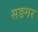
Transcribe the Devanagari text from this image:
सङगर